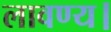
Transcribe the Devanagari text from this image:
लावण्य।